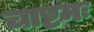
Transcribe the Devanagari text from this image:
चाष्टमः